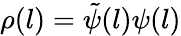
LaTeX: \rho(l)=\tilde{\psi}(l)\psi(l)